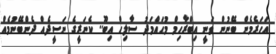
އަހަރެމެން ބޭނުން ވަނީ އިބްރާހިމް މުޙައްމަދު ސާލިހް އިބޫ.. ކެނަރީގެ ނަސީދެއް ދެންބޭނުމެެއް